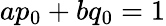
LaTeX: ap_{0}+bq_{0}=1